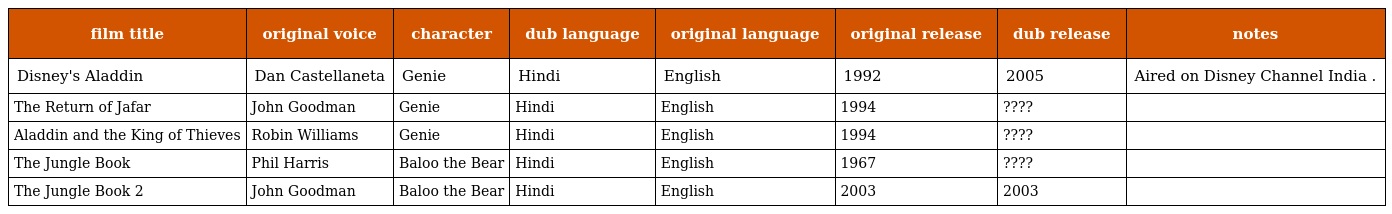
| film title | original voice | character | dub language | original language | original release | dub release | notes |
 | --- | --- | --- | --- | --- | --- | --- | --- |
 | Disney's Aladdin | Dan Castellaneta | Genie | Hindi | English | 1992 | 2005 | Aired on Disney Channel India . |
 | The Return of Jafar | John Goodman | Genie | Hindi | English | 1994 | ???? |  |
 | Aladdin and the King of Thieves | Robin Williams | Genie | Hindi | English | 1994 | ???? |  |
 | The Jungle Book | Phil Harris | Baloo the Bear | Hindi | English | 1967 | ???? |  |
 | The Jungle Book 2 | John Goodman | Baloo the Bear | Hindi | English | 2003 | 2003 |  |